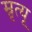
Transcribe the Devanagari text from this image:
म्रृत्यू